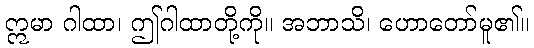
ဣမာ ဂါထာ၊ ဤဂါထာတို့ကို။ အဘာသိ၊ ဟောတော်မူ၏။